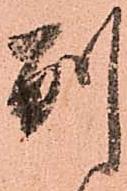
別